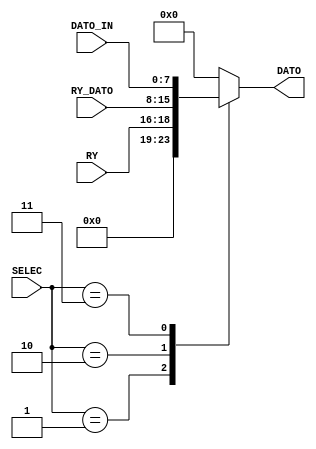
`timescale 1ns / 1ps

module MuxR_In(
    input [2:0] RY,
    input [7:0] RY_DATO,
    input [7:0] DATO_IN,
    input [2:0] SELEC,
    output reg [7:0] DATO
    );
    
    always@* begin
        case(SELEC)
            3'b001: DATO <= {5'b00000,RY};
            3'b010: DATO <= RY_DATO;
            3'b011: DATO <= DATO_IN;
            default: DATO <= 8'b00000000;
        endcase
    end
    
    
endmodule